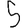
Digit: 5